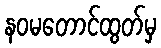
နဝမတောင်ထွတ်မှ